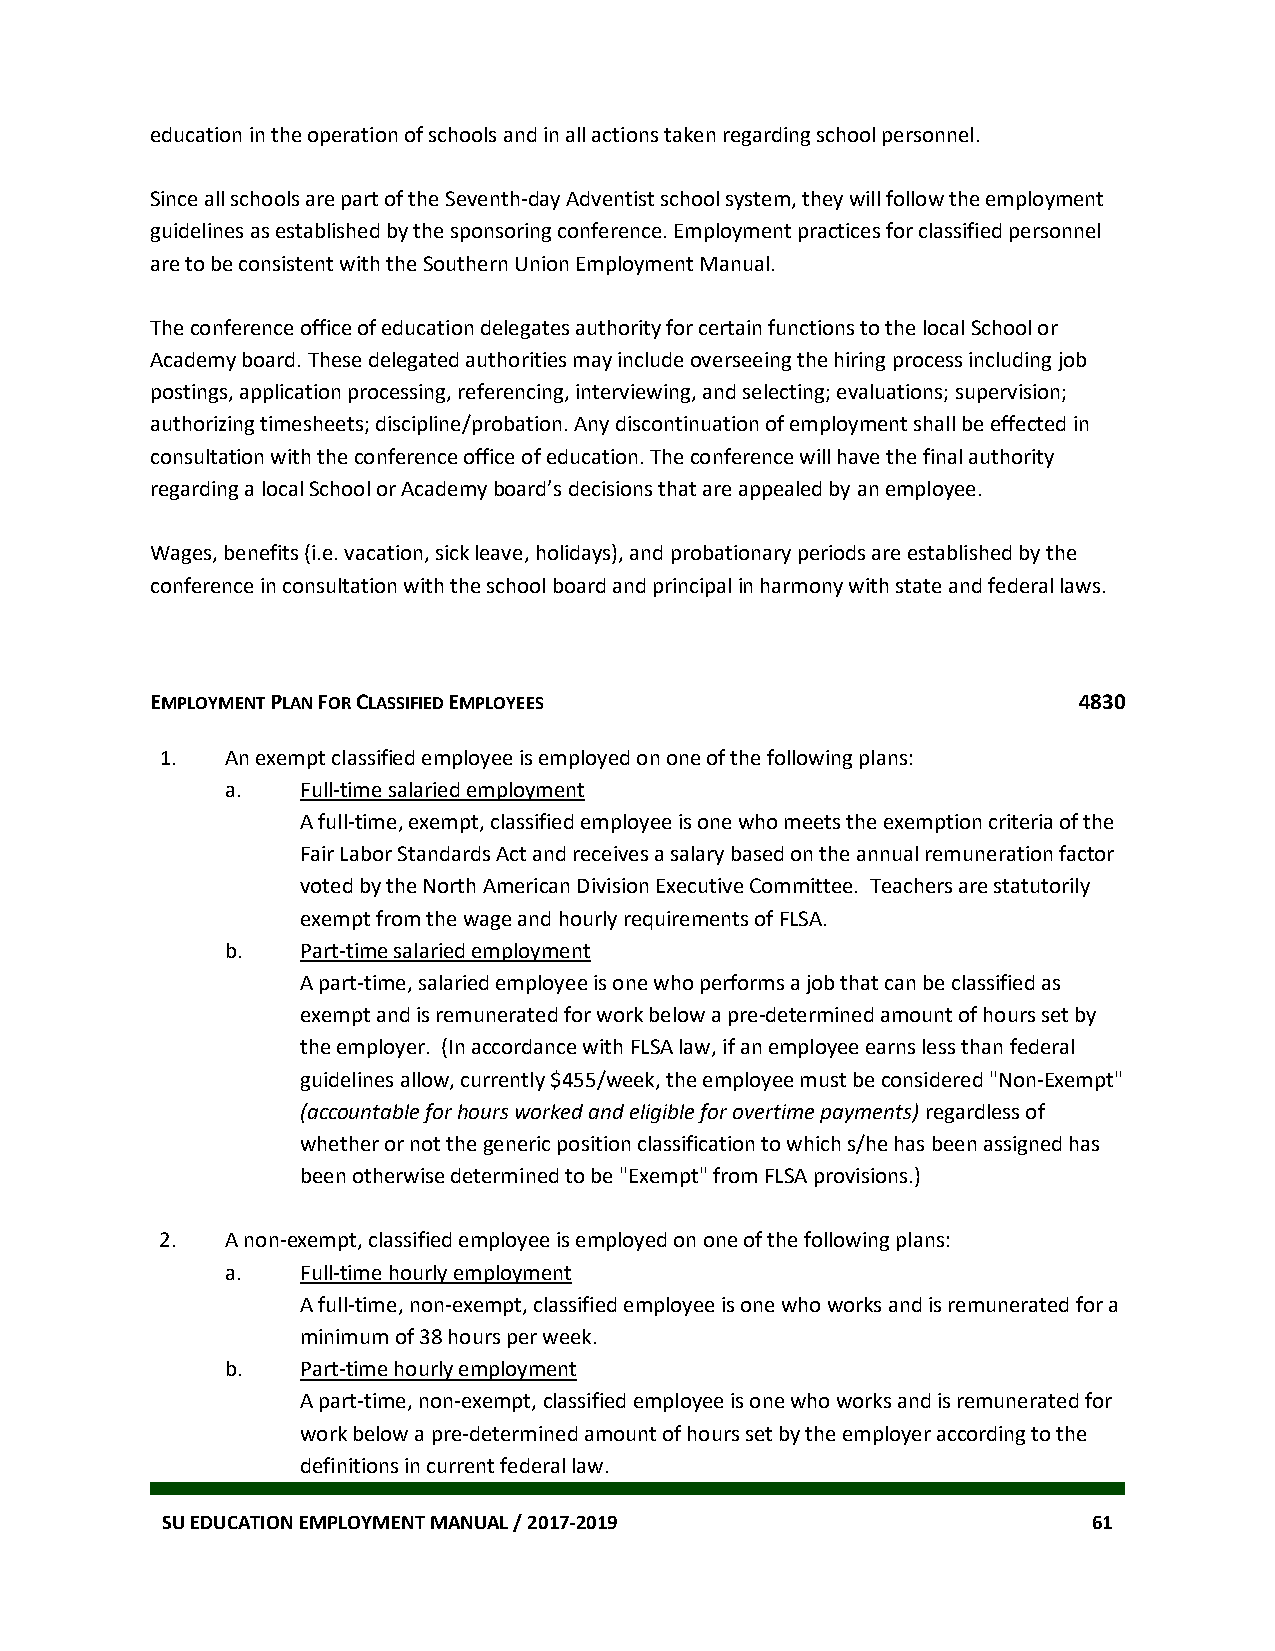
education in the operation of schools and in all actions taken regarding school personnel.
 Since all schools are part of the Seventh-day Adventist school system, they will follow the employment
 guidelines as established by the sponsoring conference. Employment practices for classified personnel
 are to be consistent with the Southern Union Employment Manual.
 The conference office of education delegates authority for certain functions to the local School or
 Academy board. These delegated authorities may include overseeing the hiring process including job
 postings, application processing, referencing, interviewing, and selecting; evaluations; supervision;
 authorizing timesheets; discipline/probation. Any discontinuation of employment shall be effected in
 consultation with the conference office of education. The conference will have the final authority
 regarding a local School or Academy board’s decisions that are appealed by an employee.
 Wages, benefits (i.e. vacation, sick leave, holidays), and probationary periods are established by the
 conference in consultation with the school board and principal in harmony with state and federal laws.
 EMPLOYMENT PLAN FOR CLASSIFIED EMPLOYEES                     4830
 1.  An exempt classified employee is employed on one of the following plans:
 a.   Full-time salaried employment
 A full-time, exempt, classified employee is one who meets the exemption criteria of the
 Fair Labor Standards Act and receives a salary based on the annual remuneration factor
 voted by the North American Division Executive Committee. Teachers are statutorily
 exempt from the wage and hourly requirements of FLSA.
 b.   Part-time salaried employment
 A part-time, salaried employee is one who performs a job that can be classified as
 exempt and is remunerated for work below a pre-determined amount of hours set by
 the employer. (In accordance with FLSA law, if an employee earns less than federal
 guidelines allow, currently $455/week, the employee must be considered "Non-Exempt"
 (accountable for hours worked and eligible for overtime payments) regardless of
 whether or not the generic position classification to which s/he has been assigned has
 been otherwise determined to be "Exempt" from FLSA provisions.)
 2.  A non-exempt, classified employee is employed on one of the following plans:
 a.   Full-time hourly employment
 A full-time, non-exempt, classified employee is one who works and is remunerated for a
 minimum of 38 hours per week.
 b.   Part-time hourly employment
 A part-time, non-exempt, classified employee is one who works and is remunerated for
 work below a pre-determined amount of hours set by the employer according to the
 definitions in current federal law.
 SU EDUCATION EMPLOYMENT MANUAL / 2017-2019                   61